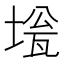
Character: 𡍻